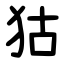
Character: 狜